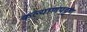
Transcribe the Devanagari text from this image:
कल्याणपट्टण